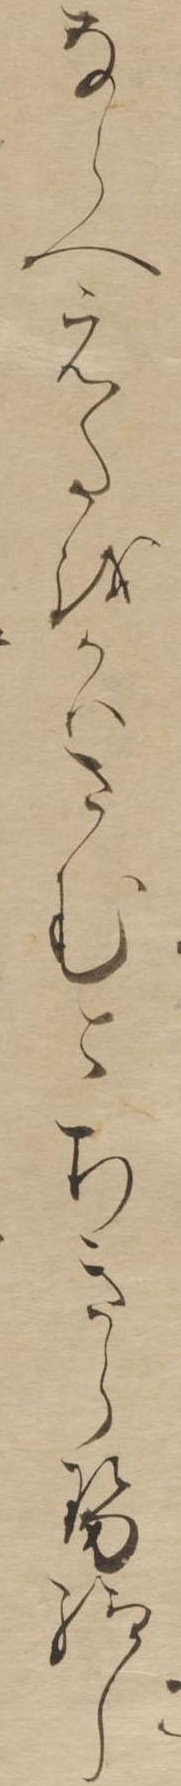
ならへえたをかはさむとちきらせ給し